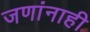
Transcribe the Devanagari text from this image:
जणांनाही